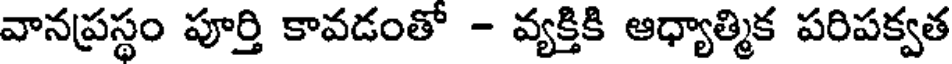
వానప్రస్థం పూర్తి కావడంతో - వ్యక్తికి ఆధ్యాత్మిక పరిపక్వత